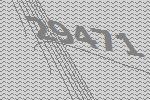
29471